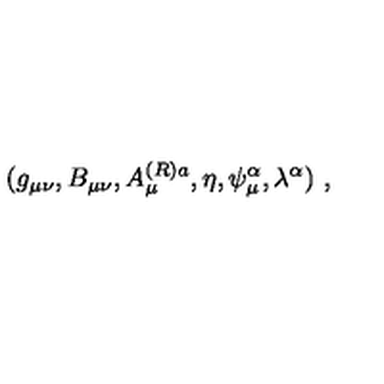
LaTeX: ( g _ { \mu \nu } , B _ { \mu \nu } , A _ { \mu } ^ { ( R ) a } , \eta , \psi _ { \mu } ^ { \alpha } , \lambda ^ { \alpha } ) \ ,